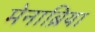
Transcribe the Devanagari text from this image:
मेनाब्रिया